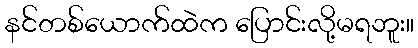
နင်တစ်ယောက်ထဲက ပြောင်းလို့မရဘူး။